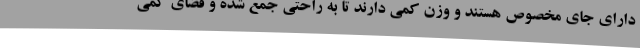
دارای جای مخصوص هستند و وزن کمی دارند تا به راحتی جمع شده و فضای کمی